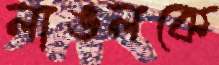
লাঙলকে